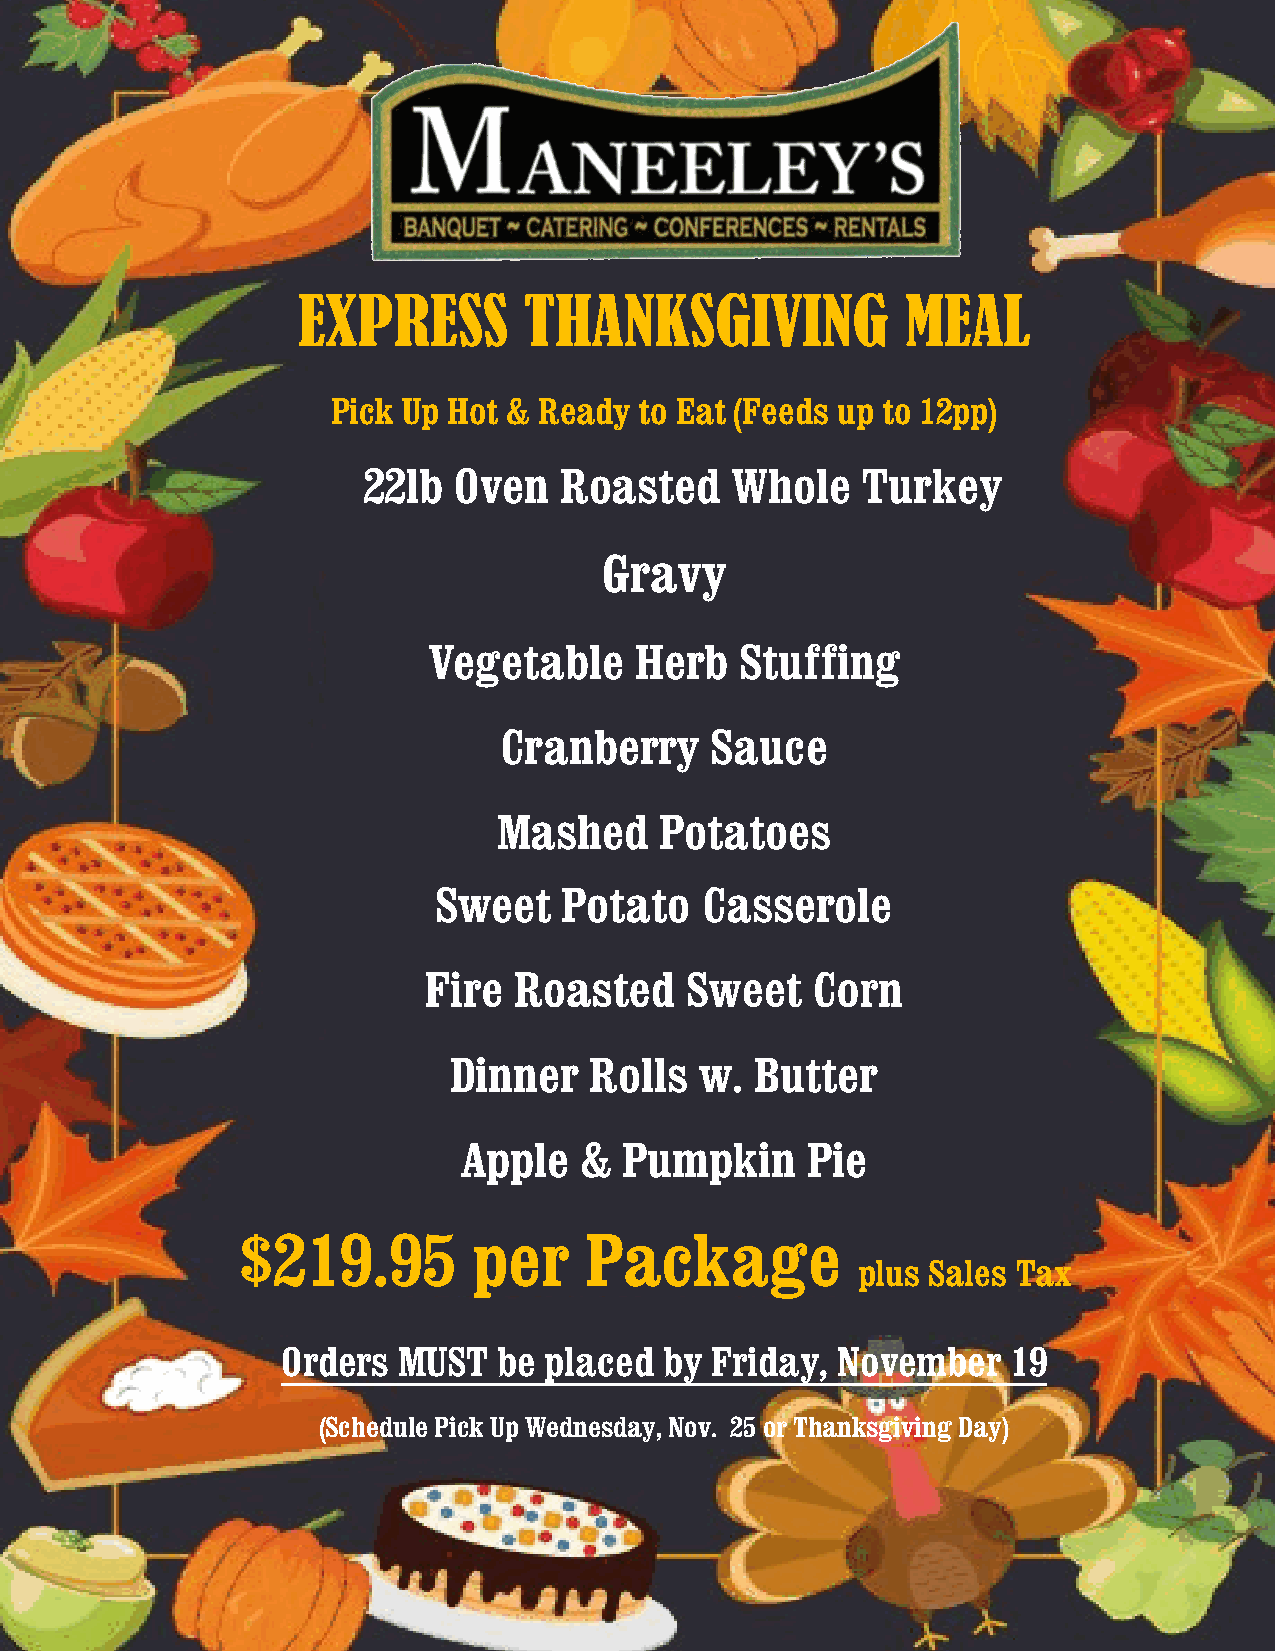
EXPRESS        THANKSGIVING             MEAL
 Pick Up Hot & Ready to Eat (Feeds up to 12pp)
 22lb  Oven   Roasted    Whole    Turkey
 Gravy
 Vegetable     Herb   Stuffing
 Cranberry     Sauce
 Mashed     Potatoes
 Sweet   Potato   Casserole
 Fire  Roasted    Sweet    Corn
 Dinner   Ro lls w.  Butter
 Apple   &  Pumpkin     Pie
 $219.95        per     Package
 plus Sales Tax
 Orders MUST   be placed  by Friday, November    19
 (Schedule Pick Up Wednesday, Nov. 25 or Thanksgiving Day)